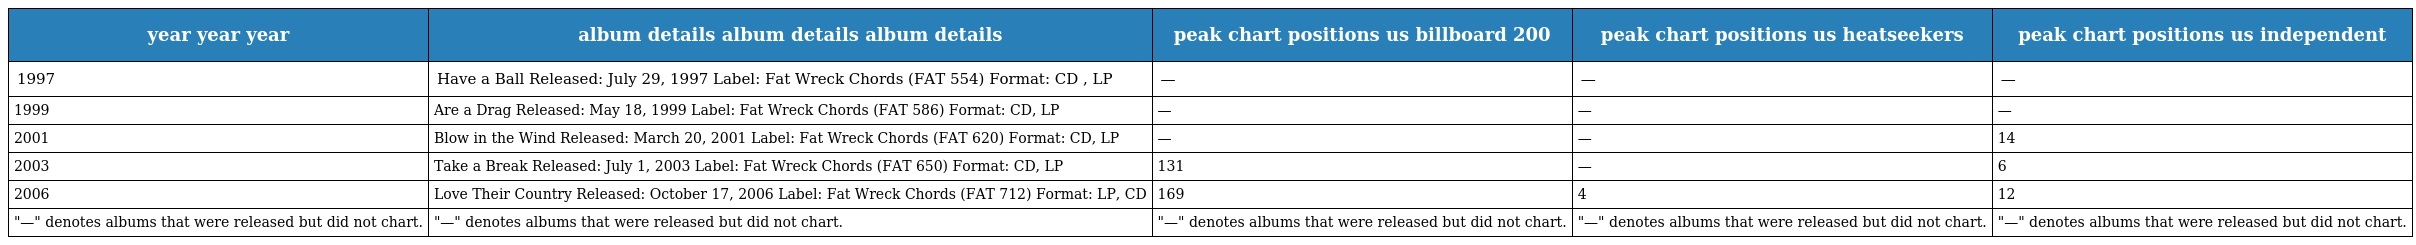
| year year year | album details album details album details | peak chart positions us billboard 200 | peak chart positions us heatseekers | peak chart positions us independent |
 | --- | --- | --- | --- | --- |
 | 1997 | Have a Ball Released: July 29, 1997 Label: Fat Wreck Chords (FAT 554) Format: CD , LP | — | — | — |
 | 1999 | Are a Drag Released: May 18, 1999 Label: Fat Wreck Chords (FAT 586) Format: CD, LP | — | — | — |
 | 2001 | Blow in the Wind Released: March 20, 2001 Label: Fat Wreck Chords (FAT 620) Format: CD, LP | — | — | 14 |
 | 2003 | Take a Break Released: July 1, 2003 Label: Fat Wreck Chords (FAT 650) Format: CD, LP | 131 | — | 6 |
 | 2006 | Love Their Country Released: October 17, 2006 Label: Fat Wreck Chords (FAT 712) Format: LP, CD | 169 | 4 | 12 |
 | "—" denotes albums that were released but did not chart. | "—" denotes albums that were released but did not chart. | "—" denotes albums that were released but did not chart. | "—" denotes albums that were released but did not chart. | "—" denotes albums that were released but did not chart. |